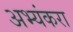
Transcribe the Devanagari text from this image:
अभ्यंकरा